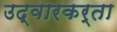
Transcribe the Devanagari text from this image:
उद्वारकर्ता